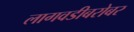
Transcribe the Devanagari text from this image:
लागवडीबरोबर